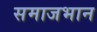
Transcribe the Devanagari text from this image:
समाजभान